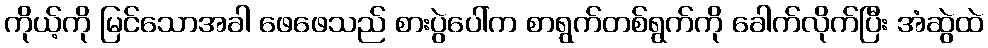
ကိုယ့်ကို မြင်သောအခါ ဖေဖေသည် စားပွဲပေါ်က စာရွက်တစ်ရွက်ကို ခေါက်လိုက်ပြီး အံဆွဲထဲ